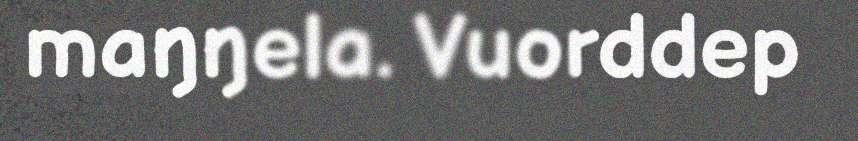
maŋŋela. Vuorddep